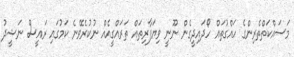
މަސައްކަތްތެރިންގެ ހައްގުތައް ހޯދައިދީގެން ނޫނީ ވިޔަފާރިތައް ތަރައްގީއެއް ނުކުރެވޭނެ ކަމުގައި ރައީސް ނަޝީދު